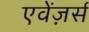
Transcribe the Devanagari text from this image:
एवेंज़र्स